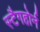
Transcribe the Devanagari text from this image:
स्टैगहोर्न